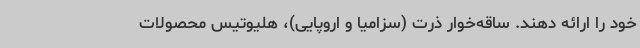
خود را ارائه دهند. ساقه‌خوار ذرت (سزامیا و اروپایی)، هلیوتیس محصولات